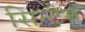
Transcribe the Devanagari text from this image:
सिन्टैम